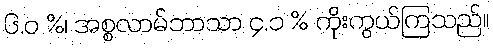
၆.ဝ %၊ အစ္စလာမ်ဘာသာ ၄.၁ % ကိုးကွယ်ကြသည်။